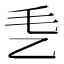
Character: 𰀴